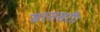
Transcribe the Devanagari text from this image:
सातसरी।